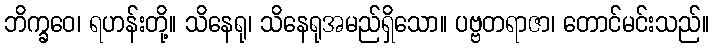
ဘိက္ခဝေ၊ ရဟန်းတို့။ သိနေရု၊ သိနေရုအမည်ရှိသော။ ပဗ္ဗတရာဇာ၊ တောင်မင်းသည်။